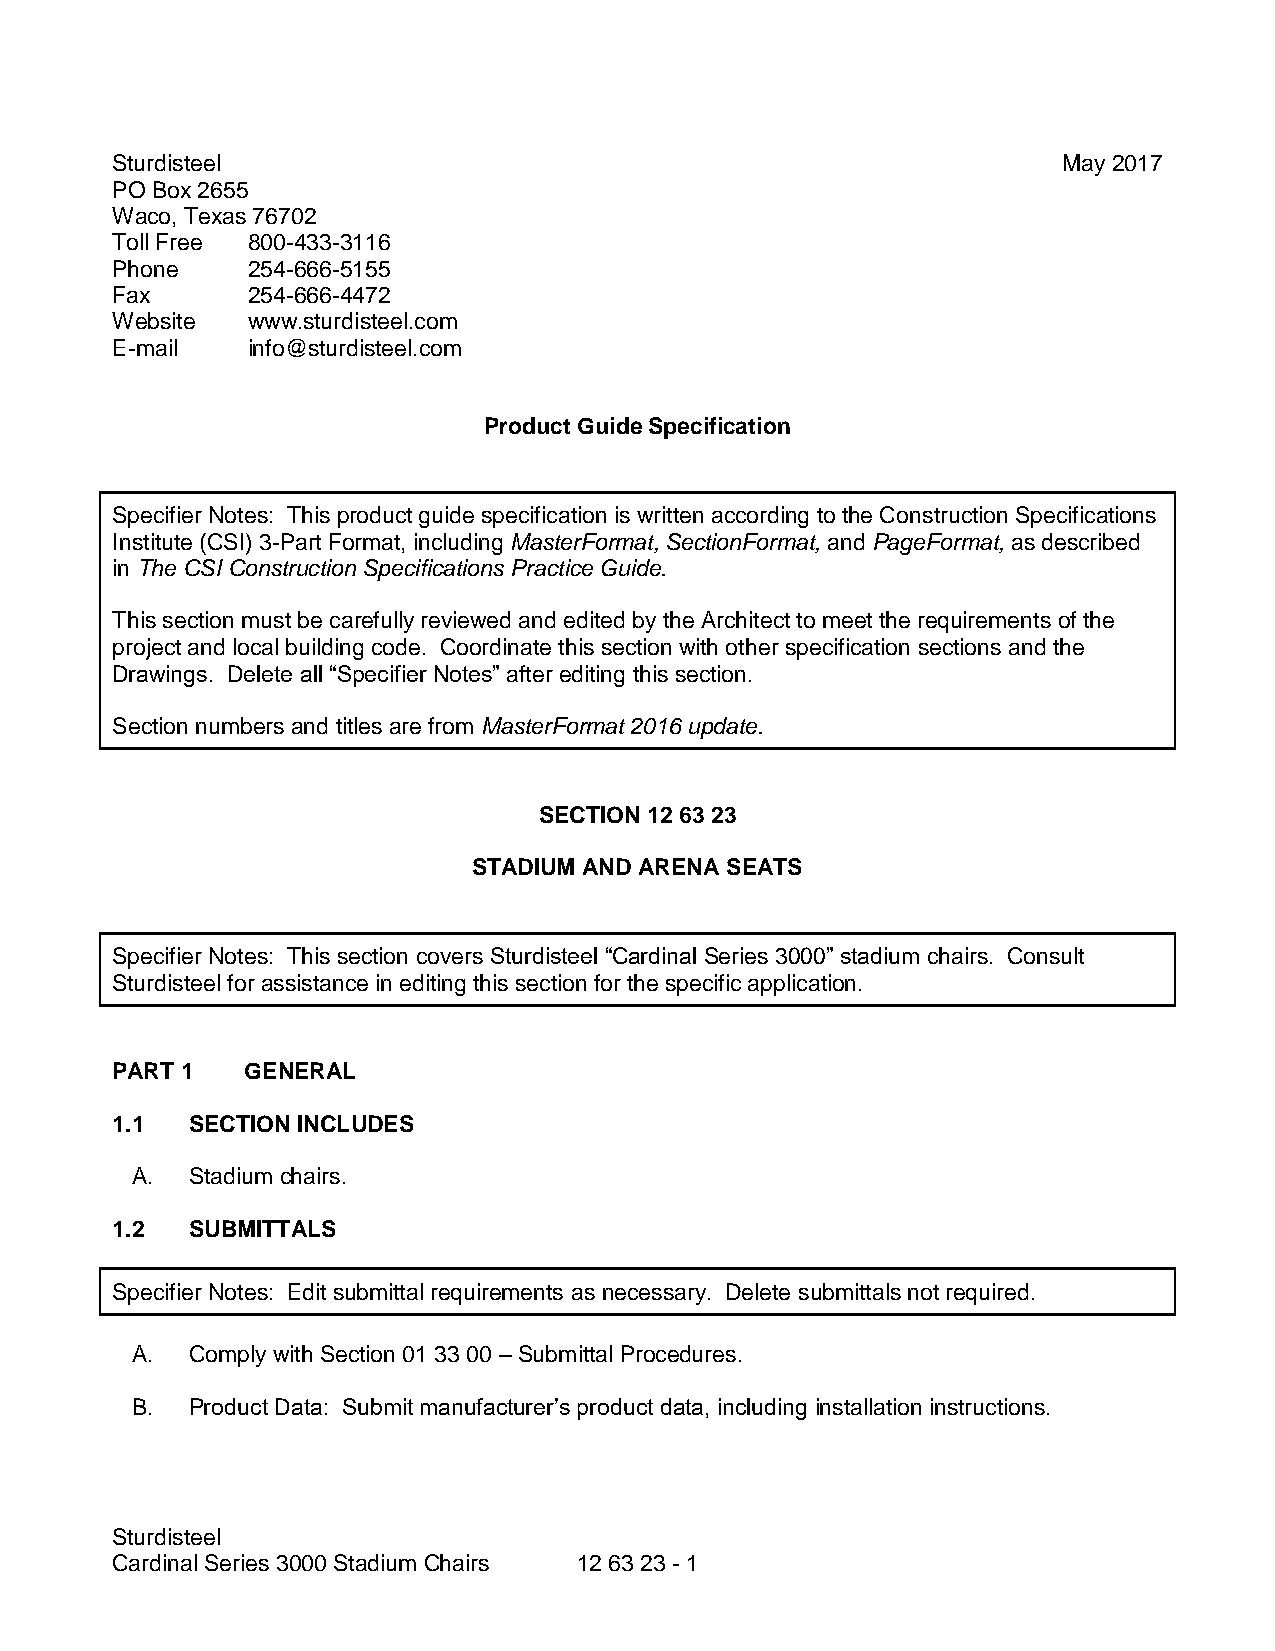
Sturdisteel                                                    May 2017
 PO Box 2655
 Waco, Texas 76702
 Toll Free 800-433-3116
 Phone    254-666-5155
 Fax      254-666-4472
 Website  www.sturdisteel.com
 E-mail   info@sturdisteel.com
 Product Guide Specification
 Specifier Notes: This product guide specification is written according to the Construction Specifications
 Institute (CSI) 3-Part Format, including MasterFormat, SectionFormat, and PageFormat, as described
 in The CSI Construction Specifications Practice Guide.
 This section must be carefully reviewed and edited by the Architect to meet the requirements of the
 project and local building code. Coordinate this section with other specification sections and the
 Drawings. Delete all “Specifier Notes” after editing this section.
 Section numbers and titles are from MasterFormat 2016 update.
 SECTION 12 63 23
 STADIUM AND ARENA SEATS
 Specifier Notes: This section covers Sturdisteel “Cardinal Series 3000” stadium chairs. Consult
 Sturdisteel for assistance in editing this section for the specific application.
 PART 1   GENERAL
 1.1  SECTION INCLUDES
 A. Stadium chairs.
 1.2  SUBMITTALS
 Specifier Notes: Edit submittal requirements as necessary. Delete submittals not required.
 A. Comply with Section 01 33 00 – Submittal Procedures.
 B. Product Data: Submit manufacturer’s product data, including installation instructions.
 Sturdisteel
 Cardinal Series 3000 Stadium Chairs 12 63 23 - 1